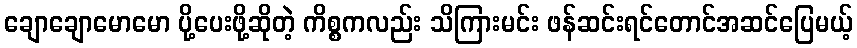
ချောချောမောမော ပို့ပေးဖို့ဆိုတဲ့ ကိစ္စကလည်း သိကြားမင်း ဖန်ဆင်းရင်တောင်အဆင်ပြေမယ့်